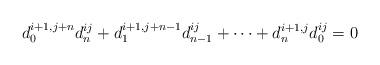
LaTeX: \begin{align*}d_0^{i+1,j+n}d_n^{ij}+d_1^{i+1,j+n-1}d_{n-1}^{ij}+\cdots+d_n^{i+1,j}d_0^{ij}=0\end{align*}